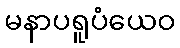
မနာပရူပံယေဝ